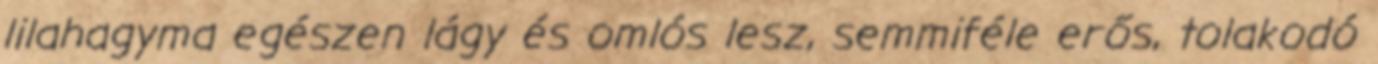
lilahagyma egészen lágy és omlós lesz, semmiféle erős, tolakodó